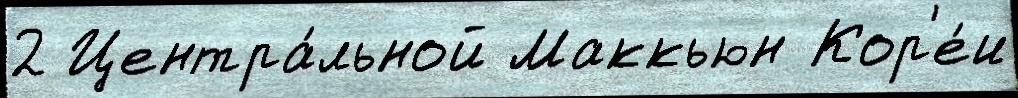
2 Центра́льной Маккьюн Кор'е́и